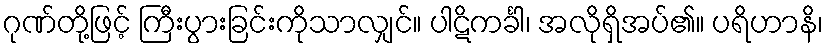
ဂုဏ်တို့ဖြင့် ကြီးပွားခြင်းကိုသာလျှင်။ ပါဋိကင်္ခါ၊ အလိုရှိအပ်၏။ ပရိဟာနိ၊